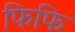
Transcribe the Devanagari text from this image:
फिफि